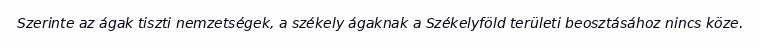
Szerinte az ágak tiszti nemzetségek, a székely ágaknak a Székelyföld területi beosztásához nincs köze.